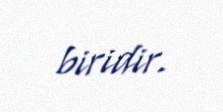
biridir.